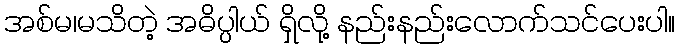
အစ်မ၊မသိတဲ့ အဓိပ္ပါယ် ရှိလို့ နည်းနည်းလောက်သင်ပေးပါ။